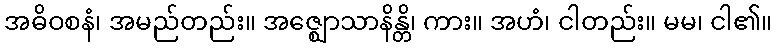
အဓိဝစနံ၊ အမည်တည်း။ အဇ္ဈောသာနိန္တိ၊ ကား။ အဟံ၊ ငါတည်း။ မမ၊ ငါ၏။